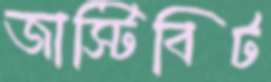
জাস্টিবিট